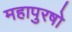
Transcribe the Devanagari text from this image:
महापुरषो